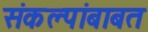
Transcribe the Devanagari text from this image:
संकल्पांबाबत